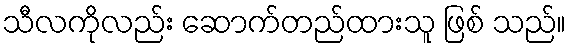
သီလကိုလည်း ဆောက်တည်ထားသူ ဖြစ် သည်။